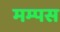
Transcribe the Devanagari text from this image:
मम्पस